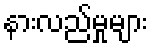
နားလည်မှုများ